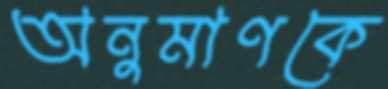
অনুমাণকে